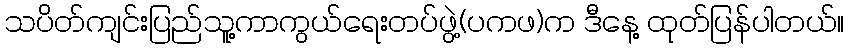
သပိတ်ကျင်းပြည်သူ့ကာကွယ်ရေးတပ်ဖွဲ့(ပကဖ)က ဒီနေ့ ထုတ်ပြန်ပါတယ်။